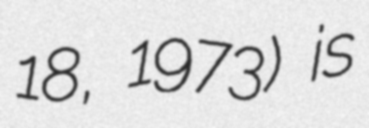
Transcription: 18, 1973) is